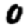
Digit: 0